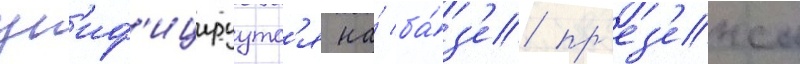
ун'иф'ицируутс'я на́ ба́з'е пр'ез'енса